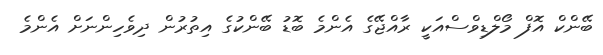
ބޭންކް އޮފް މޯލްޑިވްސްއަކީ ރާއްޖޭގެ އެންމެ ބޮޑު ބޭންކުގެ އިތުރުން ދިވެހިންނަށް އެންމެ